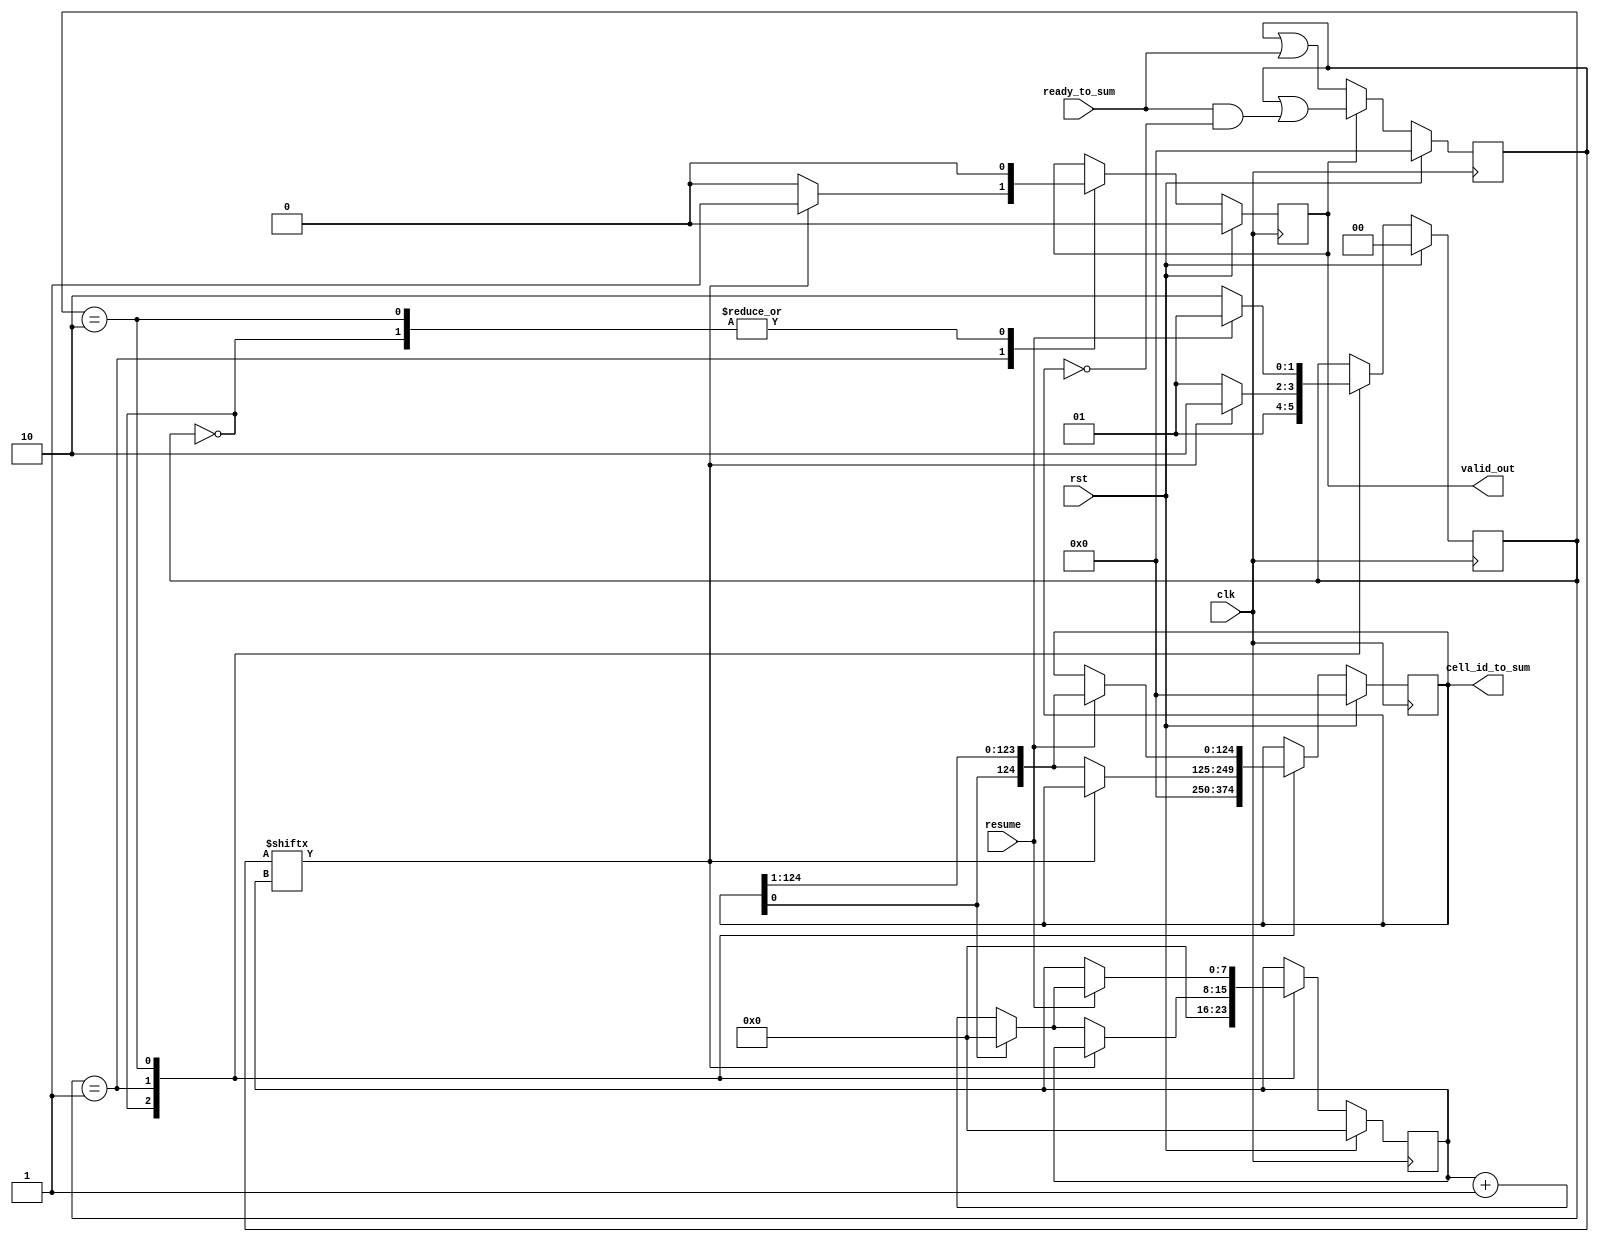
/////////////////////////////////////////////////////////////////////////////////////////////////////////////////////////////////////////////////////////////////////////
// Module: Ready_Buffer.v
//
// Function: 
//				Buffering the incoming cell evaluation status
//
// Data Organization:
//				
//
// Used by:
//				Summation_Logic.v
//
// Dependency:
//				N/A
//
// Testbench:
//				_tb.v
//
// Timing:
//				TBD
/////////////////////////////////////////////////////////////////////////////////////////////////////////////////////////////////////////////////////////////////////////

module Ready_Buffer
#(
	parameter NUM_TOTAL_CELL 				= 125
)
(
	input clk,
	input rst,
	input [NUM_TOTAL_CELL-1:0] ready_to_sum,
	output reg [NUM_TOTAL_CELL-1:0] cell_id_to_sum,
	output reg valid_out,
	input resume
);
    
    reg [7:0] addr;
    reg [NUM_TOTAL_CELL-1:0] cell_status;
    reg [1:0] state;
    
    parameter IDLE = 2'b00; 
    parameter SCAN = 2'b01;
    parameter WAIT = 2'b10;
    
    always @(posedge clk)
    begin 
        if (rst) 
        begin
            addr <= 0;
            cell_id_to_sum <= 0;
            cell_status <= 0;
            state <= IDLE;
            valid_out <= 0;
        end
        else begin
        if (valid_out == 1)
            cell_status <= cell_status | ready_to_sum & (~cell_id_to_sum);
        else 
            cell_status <= cell_status | ready_to_sum;
            case (state)
            IDLE: 
            begin 
                addr <= 0;
                cell_id_to_sum <= {1'b1,251'b0};
                //cell_status <= cell_status | ready_to_sum;
                state <= SCAN;
                valid_out <= 0;
            end
            SCAN: 
            begin 
                if (cell_status[addr] == 0) 
                begin
                    cell_id_to_sum <= {cell_id_to_sum[0],cell_id_to_sum[NUM_TOTAL_CELL-1:1]};
                    //cell_status <= cell_status | ready_to_sum;
                    state <= SCAN;
                    valid_out <= 0;
                    if (cell_id_to_sum[0] == 1)
                        addr <= 0;
                    else
                        addr <= addr + 1;
                end
                else 
                begin
                    cell_id_to_sum <= cell_id_to_sum;
                    addr <= addr;
                    state <= WAIT;
                    valid_out <= 1;
                end
            end
            WAIT: 
            begin 
                if (resume == 1) 
                begin
                    state <= SCAN;
                    cell_id_to_sum <= {cell_id_to_sum[0],cell_id_to_sum[NUM_TOTAL_CELL-1:1]};
                    valid_out <= 0; 
                    if (cell_id_to_sum[0] == 1)
                        addr <= 0;
                    else
                        addr <= addr + 1;
                end
                else
                begin
                    state <= WAIT;
                    addr <= addr;
                    cell_id_to_sum <= cell_id_to_sum;
                    valid_out <= 0; 
                end
            end
            default: 
            begin 
                state <= state;
                addr <= addr;
                cell_id_to_sum <= cell_id_to_sum;
                valid_out <= valid_out; 
            end
            endcase
        end
    end
    
endmodule